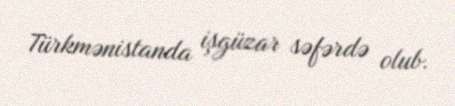
Türkmənistanda işgüzar səfərdə olub.